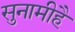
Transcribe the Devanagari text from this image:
सुनामीहै